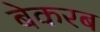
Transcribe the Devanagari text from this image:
बेकरब